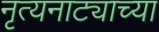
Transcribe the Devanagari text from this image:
नृत्यनाट्याच्या